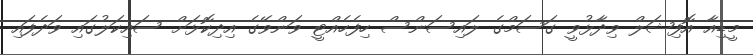
މީޑިއާ އޮފިޝަލް ވިދާޅުވީ ގަސަމްގެ ލައިސަންސް ހިފެހެއްޓީ ވަންވޭގެ އިދިކޮޅަށް ސައިކަލުގައި ވަދެފައި